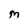
Character: M